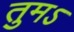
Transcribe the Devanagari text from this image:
तुमऽ